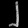
Digit: ၂